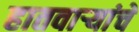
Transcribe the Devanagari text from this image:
हातवार्‍यांचे